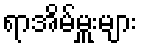
ရာအိမ်မှူးများ